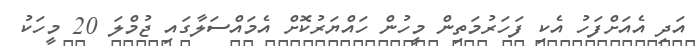
އަދި އެއަށްފަހު އެކި ފަހަރުމަތިން މީހުން ހައްޔަރުކޮށް އެމައްސަލާގައި ޖުމްލަ 20 މީހަކު